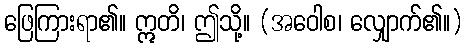
ဖြေကြားရာ၏။ ဣတိ၊ ဤသို့။ (အဝေါစ၊ လျှောက်၏။)